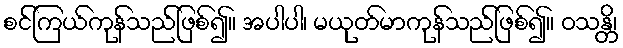
စင်ကြယ်ကုန်သည်ဖြစ်၍။ အပါပါ၊ မယုတ်မာကုန်သည်ဖြစ်၍။ ဝသန္တိ၊